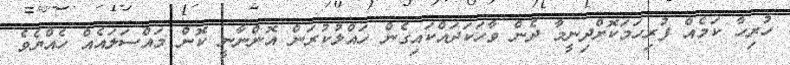
ހުރިހާ ކަމެއް ފުރިހަމަކޮށްދިނީމާ ދެން ވާހަކަދައްކައިގެން ހައްލުކުރަން އޮންނާނީ ކޮން މައްސަލައެއް ހެއްޔެވެ